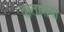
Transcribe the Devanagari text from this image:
दातारांना